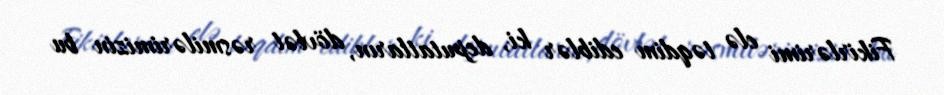
Fikirlərimi elə təqdim ediblər ki, deputatların, dövlət rəsmilərimizin bu